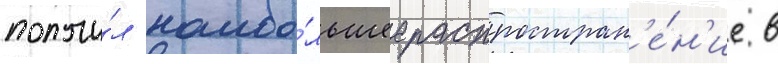
получи́л наибо́льшее распростран'е́н'ие в